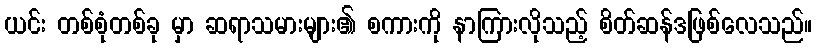
ယင်း တစ်စုံတစ်ခု မှာ ဆရာသမားများ၏ စကားကို နာကြားလိုသည့် စိတ်ဆန်ဒဖြစ်လေသည်။